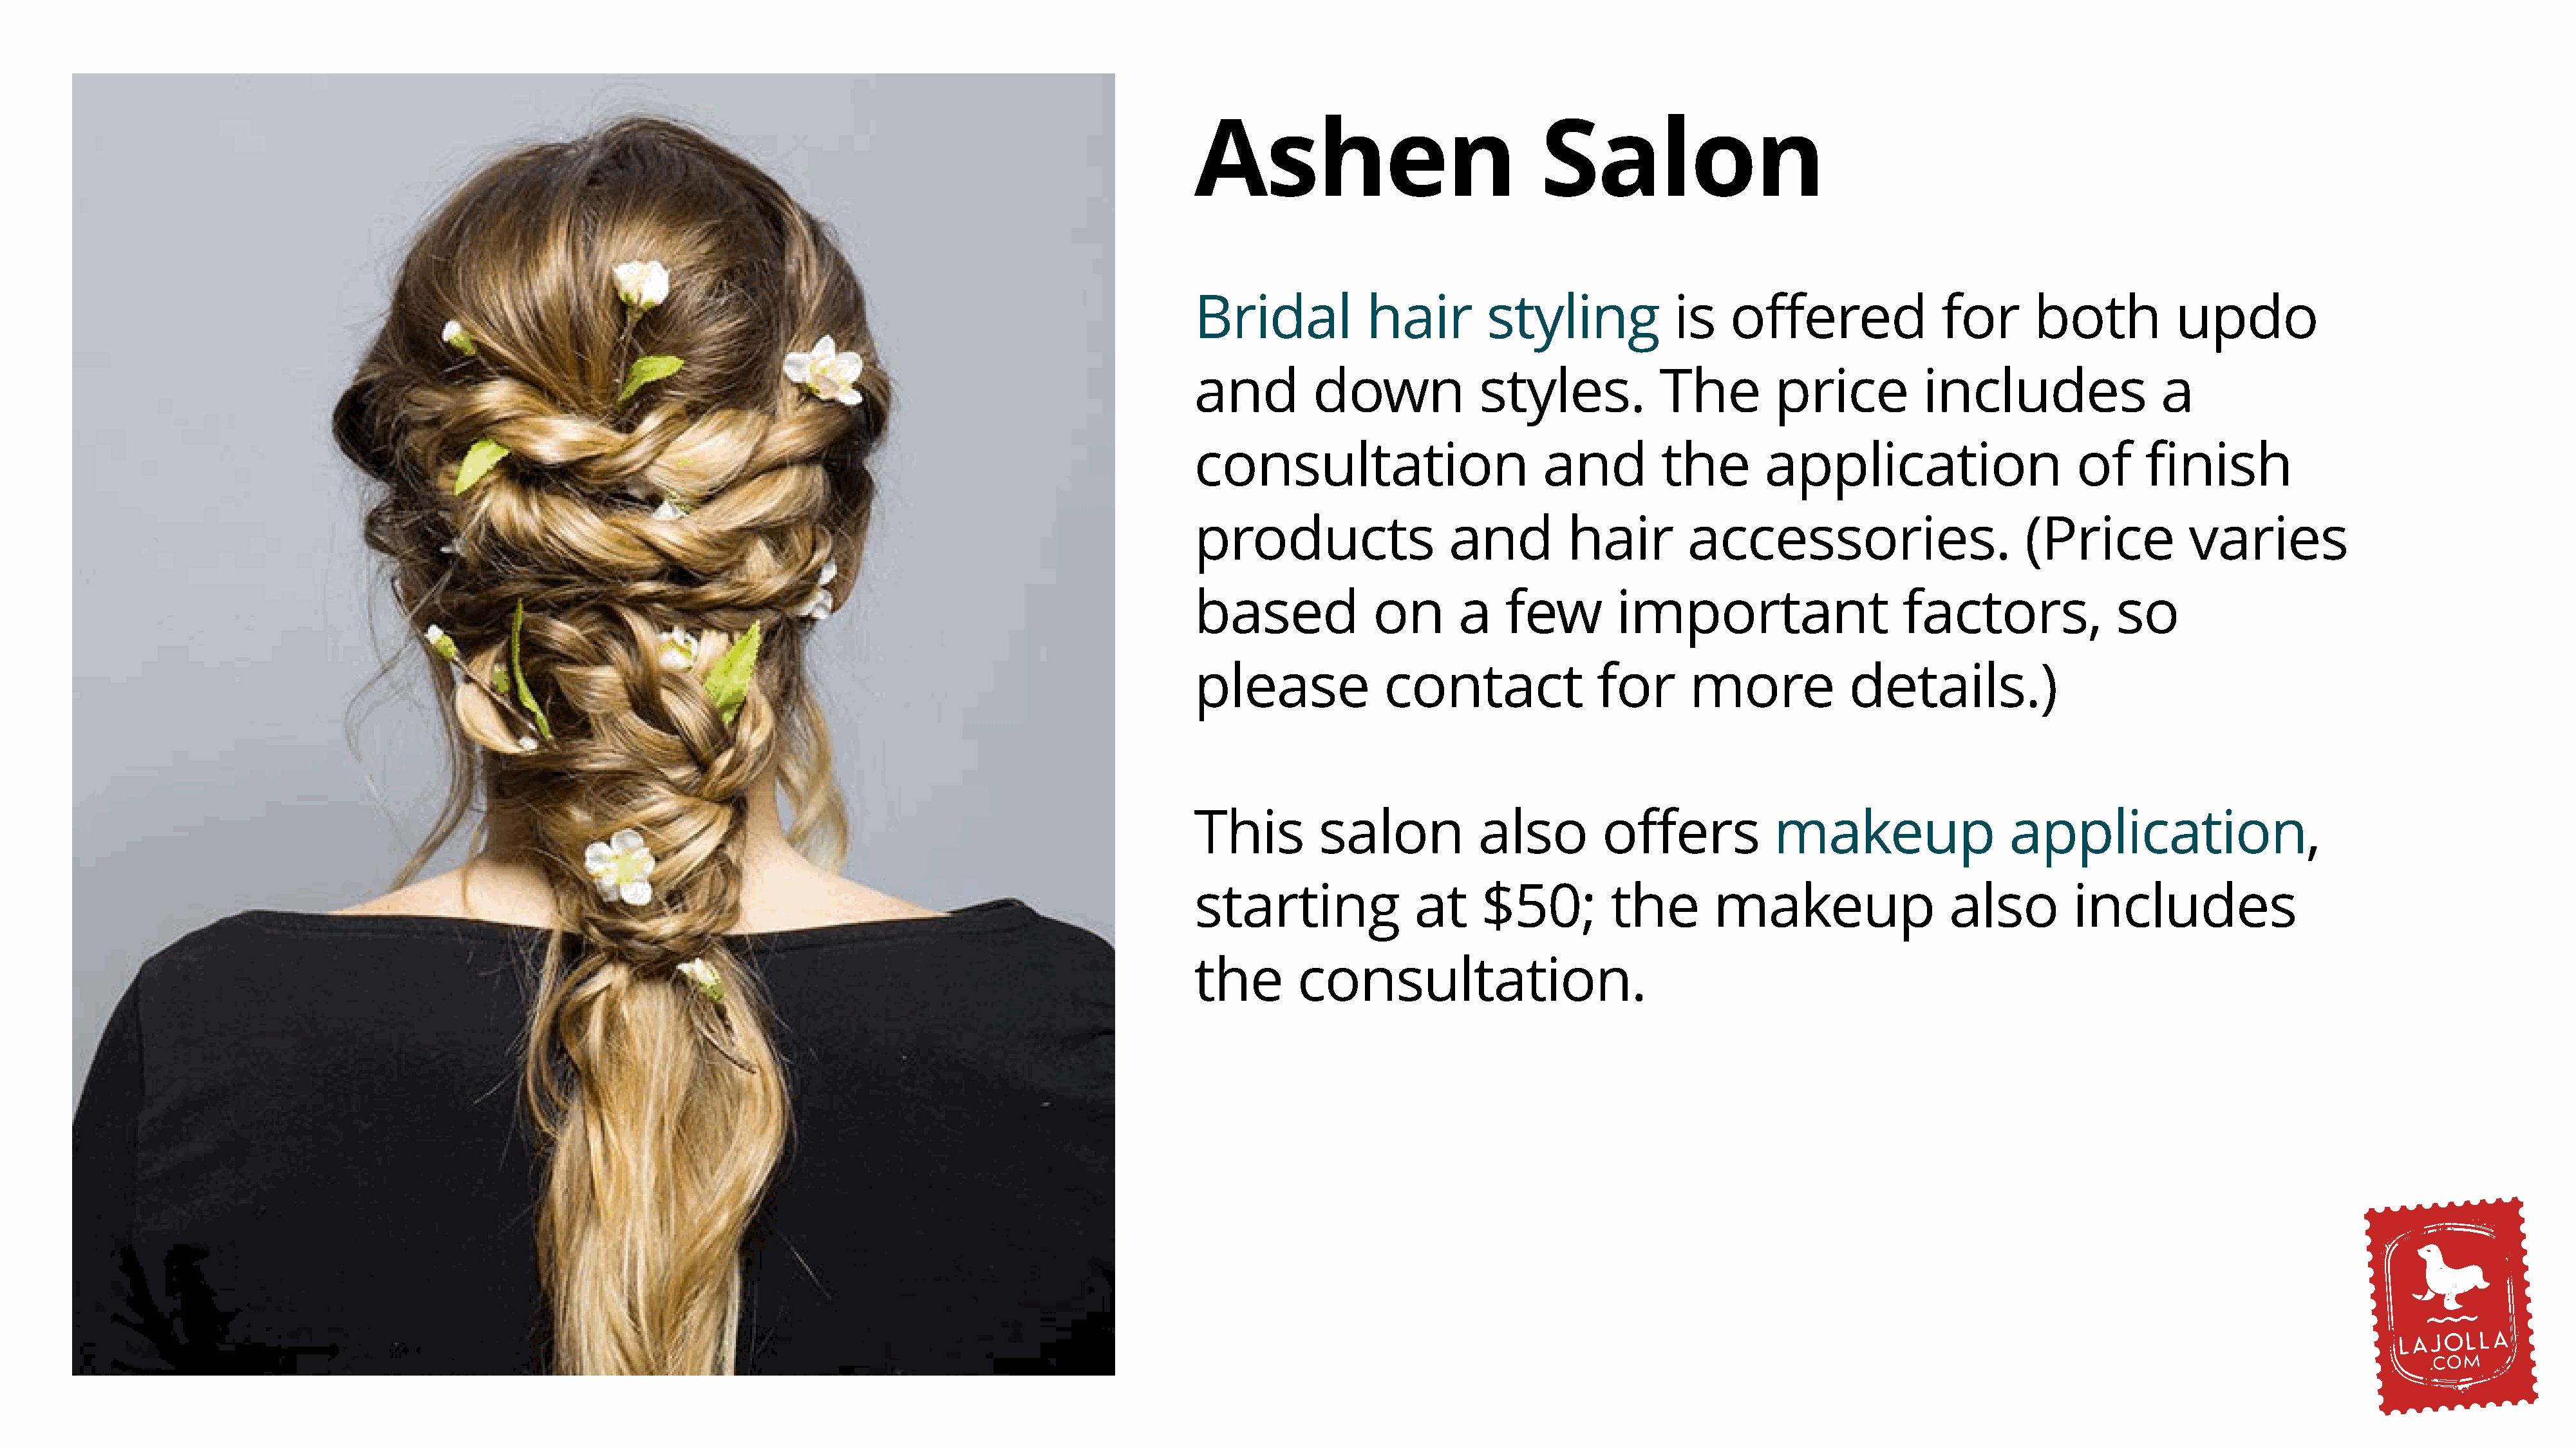
Ashen                              Salon
 Bridal           hair         styling            is    offered               for      both           updo
 and         down             styles.            The        price           includes                a
 consultation                        and         the       application                     of      finish
 products                  and         hair        accessories.                       (Price           varies
 based             on       a    few        important                     factors,              so
 please             contact               for       more            details.)
 This         salon           also         offers           makeup                   application,
 starting              at     $50;          the       makeup                  also         includes
 the       consultation.